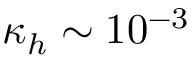
\kappa _ { h } \sim 1 0 ^ { - 3 }